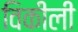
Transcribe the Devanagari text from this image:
विकीली